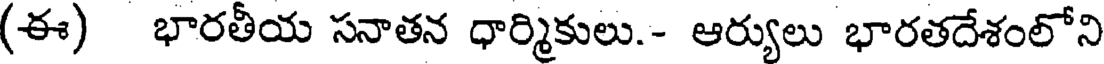
(ఈ) భారతీయ సనాతన ధార్మికులు.- ఆర్యులు భారతదేశంలోని